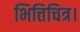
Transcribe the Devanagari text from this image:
भित्तिचित्र।